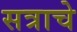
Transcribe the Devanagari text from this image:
सत्राचे